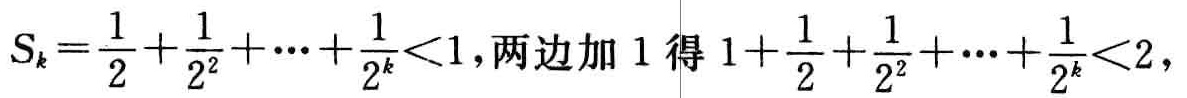
\(S_{k}=\frac{1}{2}+\frac{1}{2^{2}}+\cdots+\frac{1}{2^{k}}<1,两边加1得1+\frac{1}{2}+\frac{1}{2^{2}}+\cdots+\frac{1}{2^{k}}<2,\)